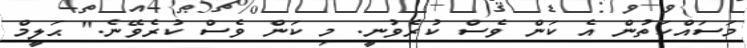
މަސައްކަތުން އެ ކަން ވެސް ކުރެވުނީ. މި ކަން ވެސް ކުރެވޭނެ." ޙަލީމް